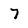
Character: 7